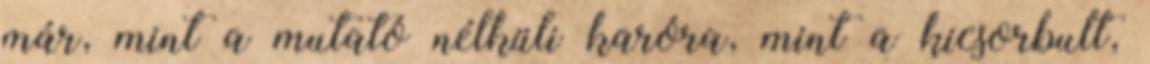
már, mint a mutató nélküli karóra, mint a kicsorbult,